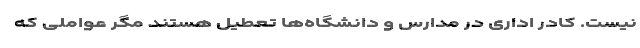
نیست. کادر اداری در مدارس و دانشگاه‌ها تعطیل هستند مگر عواملی که